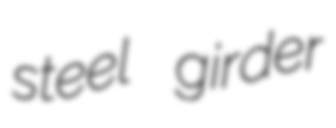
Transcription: steel girder